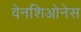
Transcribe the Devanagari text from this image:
वेनशिओनेस